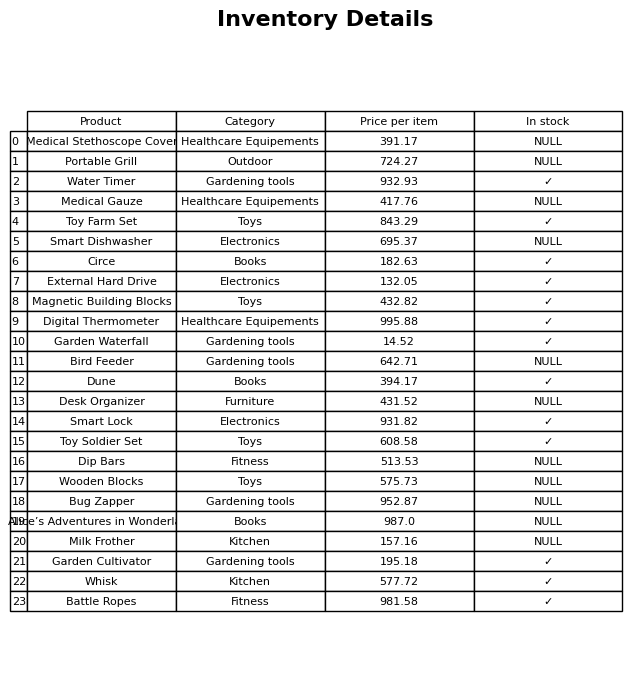
question: What is the price of the Magnetic Building Blocks?
answer: The price of Magnetic Building Blocks is 432.82.